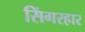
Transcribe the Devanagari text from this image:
सिंगरहार